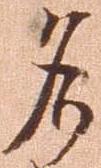
名